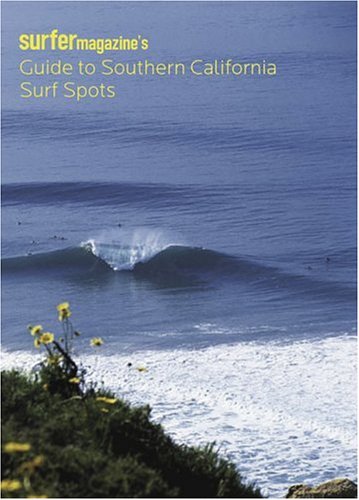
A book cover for Surfer Magazine's Guide to Southern California Surf Spots; Chronicle Books (Firm); Sports & Outdoors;